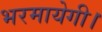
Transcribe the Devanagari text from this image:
भरमायेगी।